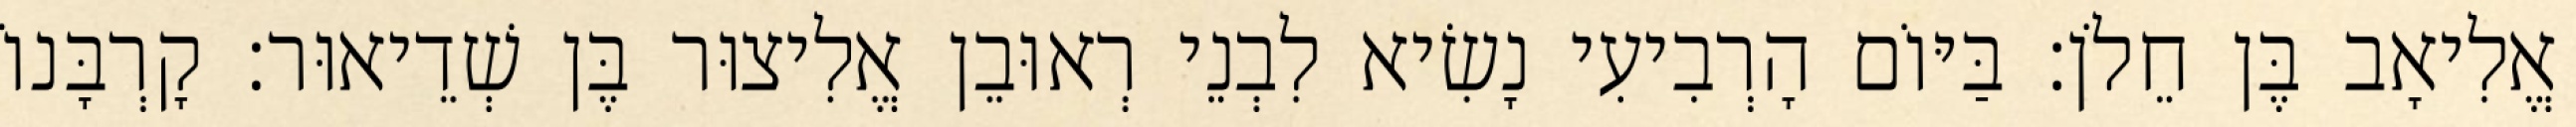
אֱלִיאָב בֶּן חֵלֹן׃ בַּיּוֹם הָרְבִיעִי נָשִׂיא לִבְנֵי רְאוּבֵן אֱלִיצוּר בֶּן שְׁדֵיאוּר׃ קָרְבָּנוֹ